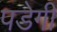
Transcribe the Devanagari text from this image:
पडेगी